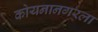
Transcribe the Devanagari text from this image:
कोयनानगरला